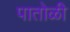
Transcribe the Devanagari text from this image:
पातोळी